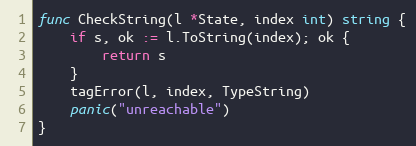
Language: Go
func CheckString(l *State, index int) string {
	if s, ok := l.ToString(index); ok {
		return s
	}
	tagError(l, index, TypeString)
	panic("unreachable")
}